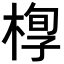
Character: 𣖆